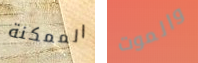
الممكنة والموت